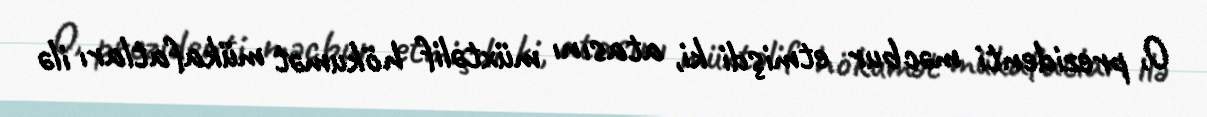
O, prezidenti məcbur etmişdi ki, atasını müxtəlif hökumət mükafatları ilə